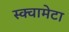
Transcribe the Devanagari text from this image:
स्क्वामेटा